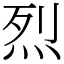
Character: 烈